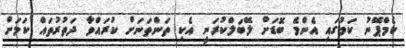
ކެމްޕޭނު ކަމުގައި އެންމެ ބޮޑަށް ލޭބަލްކުރަނީ އެކި ތަންތަނަށް ކުރައްވާ ދަތުރުތައް ކަމަށް